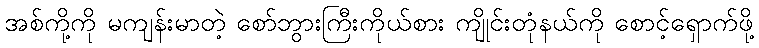
အစ်ကို့ကို မကျန်းမာတဲ့ စော်ဘွားကြီးကိုယ်စား ကျိုင်းတုံနယ်ကို စောင့်ရှောက်ဖို့